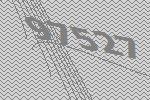
97527